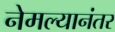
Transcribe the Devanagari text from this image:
नेमल्यानंतर